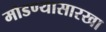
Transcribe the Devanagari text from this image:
मोडण्यासारखा